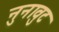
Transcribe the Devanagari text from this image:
नुनावुट